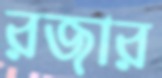
রজার